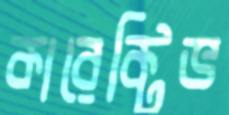
কারেক্টিভ